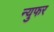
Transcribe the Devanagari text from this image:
न्युफर